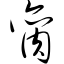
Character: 脔